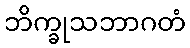
ဘိက္ခုသဘာဂတံ